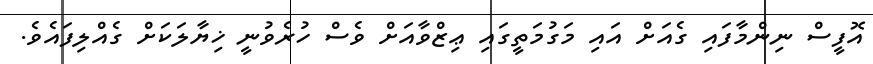
އޮފީސް ނިންމާފައި ގެއަށް އައި މަގުމަތީގައި ޢިޒްވާއަށް ވެސް ހުރެވުނީ ޚިޔާލަކަށް ގެއްލިފައެވެ.